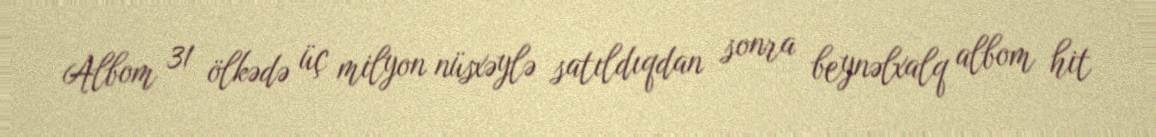
Albom 31 ölkədə üç milyon nüsxəylə satıldıqdan sonra beynəlxalq albom hit